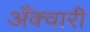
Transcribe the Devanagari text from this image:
अँक्वारी